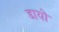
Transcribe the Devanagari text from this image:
डायो